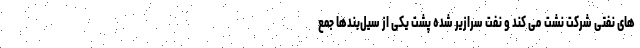
های نفتی شرکت نشت می کند و نفت سرازیر شده پشت یکی از سیل‌بندها جمع